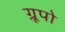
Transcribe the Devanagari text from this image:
ग्रूपो